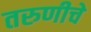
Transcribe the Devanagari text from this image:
तरुणीचे